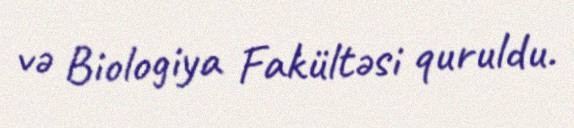
və Biologiya Fakültəsi quruldu.